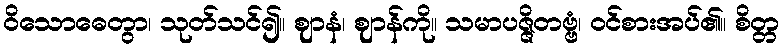
ဝိသောဓေတွာ၊ သုတ်သင်၍။ ဈာနံ၊ ဈာန်ကို။ သမာပဇ္ဇိတဗ္ဗံ၊ ဝင်စားအပ်၏။ စိတ္တ